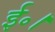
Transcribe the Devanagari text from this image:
ई॰।